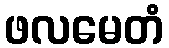
ဖလမေတံ